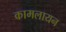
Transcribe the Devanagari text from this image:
कामलायन